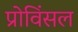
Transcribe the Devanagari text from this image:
प्रोविंसल